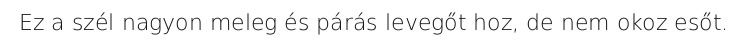
Ez a szél nagyon meleg és párás levegőt hoz, de nem okoz esőt.